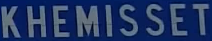
KHEMISSET